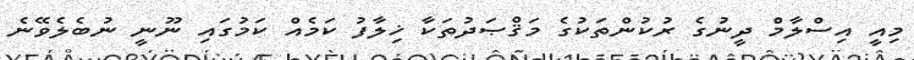
މިއީ އިސްލާމް ދީނުގެ ރުކުންތަކުގެ މަޤްޞަދުތަކާ ޚިލާފު ކަމެއް ކަމުގައި ނޫނީ ނުބެލެވޭނެ